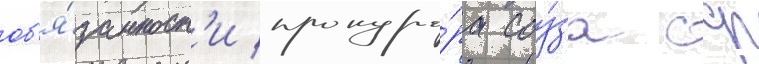
об'я́занност'и прокуро́ра соу́за сср